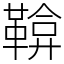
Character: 鞥